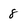
Character: 8